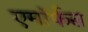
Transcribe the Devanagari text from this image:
एमॉर्फस